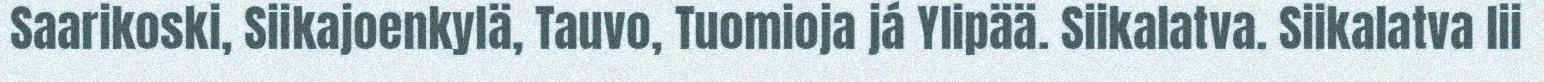
Saarikoski, Siikajoenkylä, Tauvo, Tuomioja já Ylipää. Siikalatva. Siikalatva lii